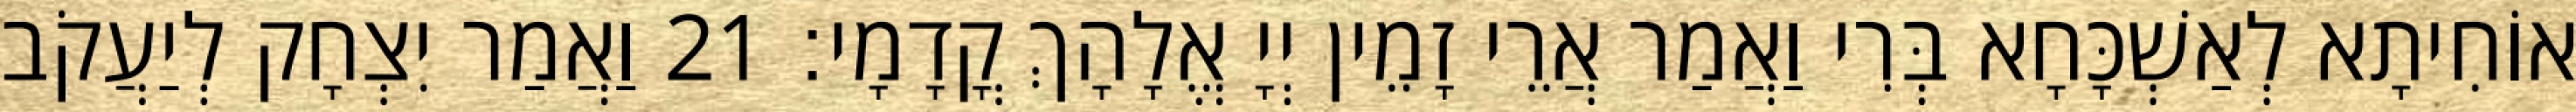
אוֹחִיתָא לְאַשְׁכָּחָא בְּרִי וַאֲמַר אֲרֵי זָמֵין יְיָ אֱלָהָךְ קֳדָמָי׃ 21 וַאֲמַר יִצְחָק לְיַעֲקֹב